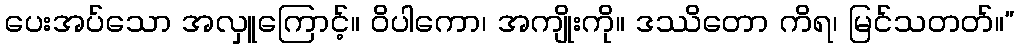
ပေးအပ်သော အလှူကြောင့်။ ဝိပါကော၊ အကျိုးကို။ ဒဿိတော ကိရ၊ မြင်သတတ်။”